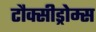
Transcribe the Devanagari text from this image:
टौक्सीड्रोम्स